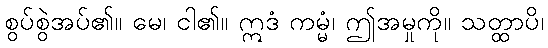
စွပ်စွဲအပ်၏။ မေ၊ ငါ၏။ ဣဒံ ကမ္မံ၊ ဤအမှုကို။ သတ္ထာပိ၊